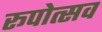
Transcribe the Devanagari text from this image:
रूपोत्सव